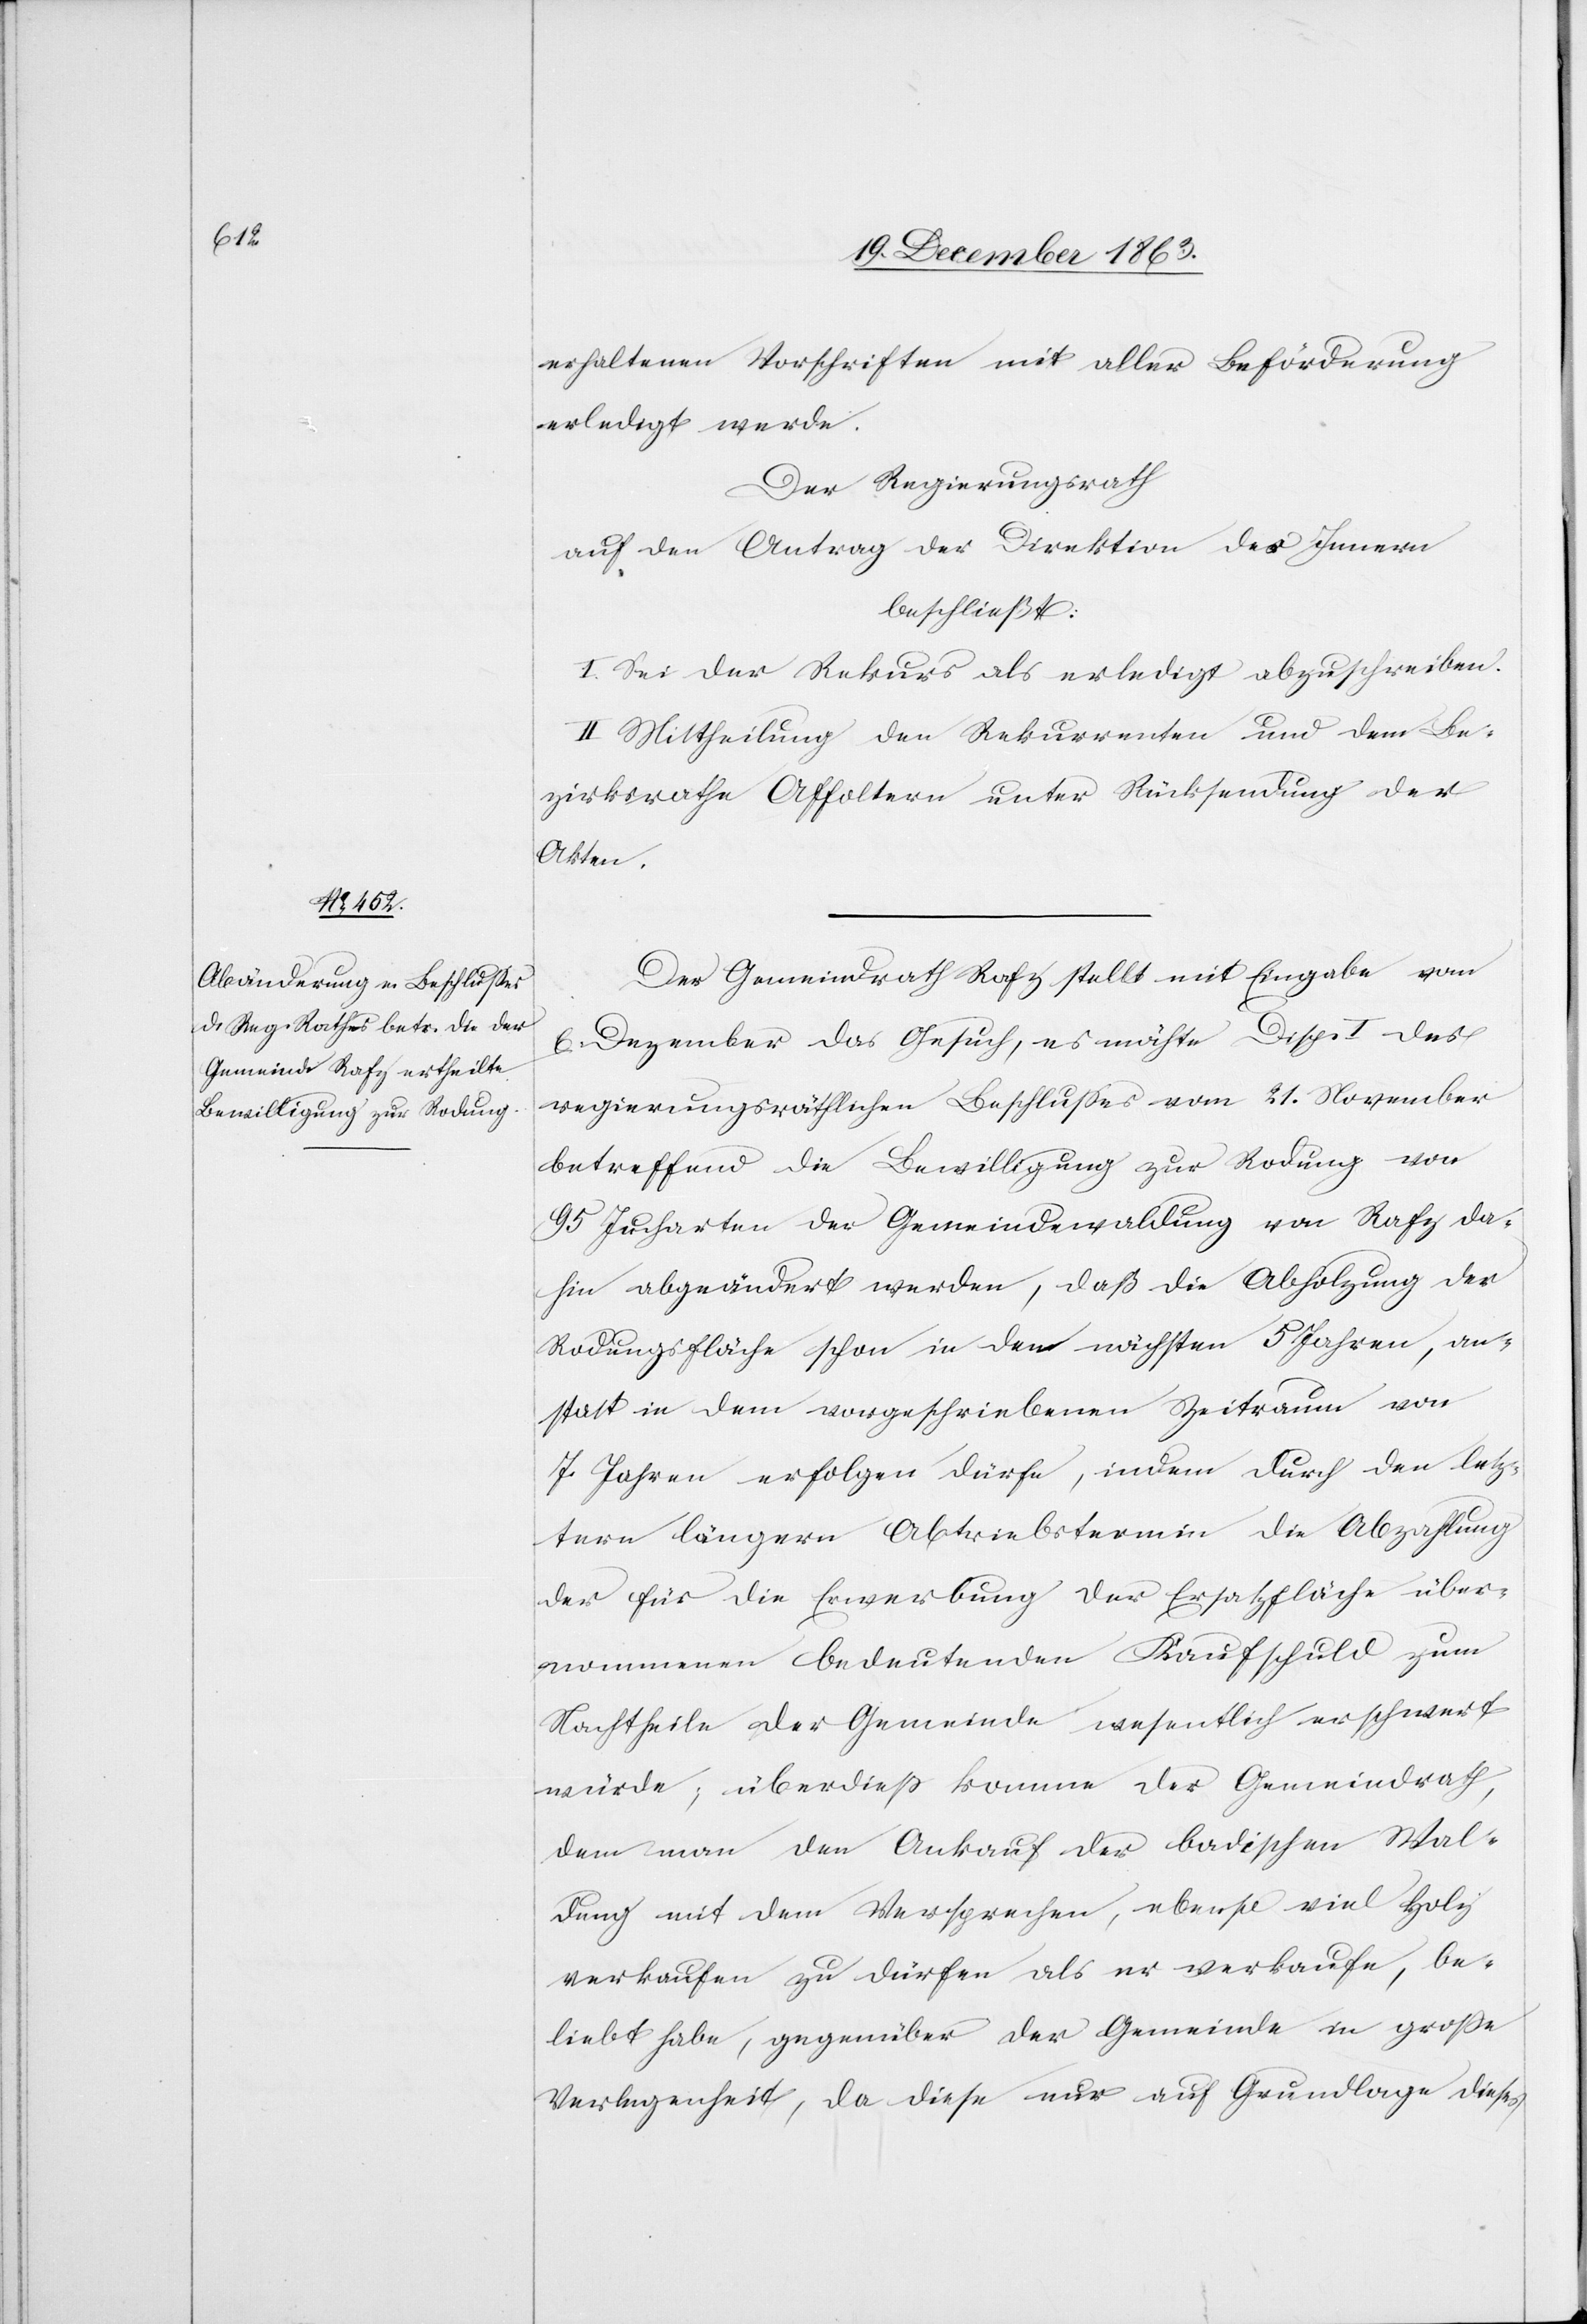
erhaltenen Vorschriften mit aller Beförderung
erledigt werde.
Der Regierungsrath
auf den Antrag der Direktion des Innern
beschließt:
I. Sei der Rekurs als erledigt abzuschreiben.
II. Mittheilung den Rekurrenten und dem Be¬
zirksrathe Affoltern unter Rücksendung der
Akten.
Der Gemeindrath Rafz stellt mit Eingabe vom
6. Dezember das Gesuch, es möchte Disp. I des
regierungsräthlichen Beschlusses vom 21. November
betreffend die Bewilligung zur Rodung von
95 Jucharten der Gemeindewaldung von Rafz da¬
hin abgeändert werden, daß die Abholzung der
Rodungsfläche schon in den nächsten 5 Jahren, an¬
statt in dem vorgeschriebenen Zeitraum von
7 Jahren erfolgen dürfe, indem durch den letz¬
tern längern Abtriebstermin die Abzahlung
der für die Erwerbung der Ersatzfläche über¬
nommenen bedeutenden Kaufschuld zum
Nachtheile der Gemeinde wesentlich erschwert
würde; überdieß komme der Gemeindrath,
dem man den Ankauf der badischen Wal¬
dung mit dem Versprechen, ebenso viel Holz
verkaufen zu dürfen als er verkaufe, be¬
liebt habe, gegenüber der Gemeinde in grosse
Verlegenheit, da diese nur auf Grundlage dieses